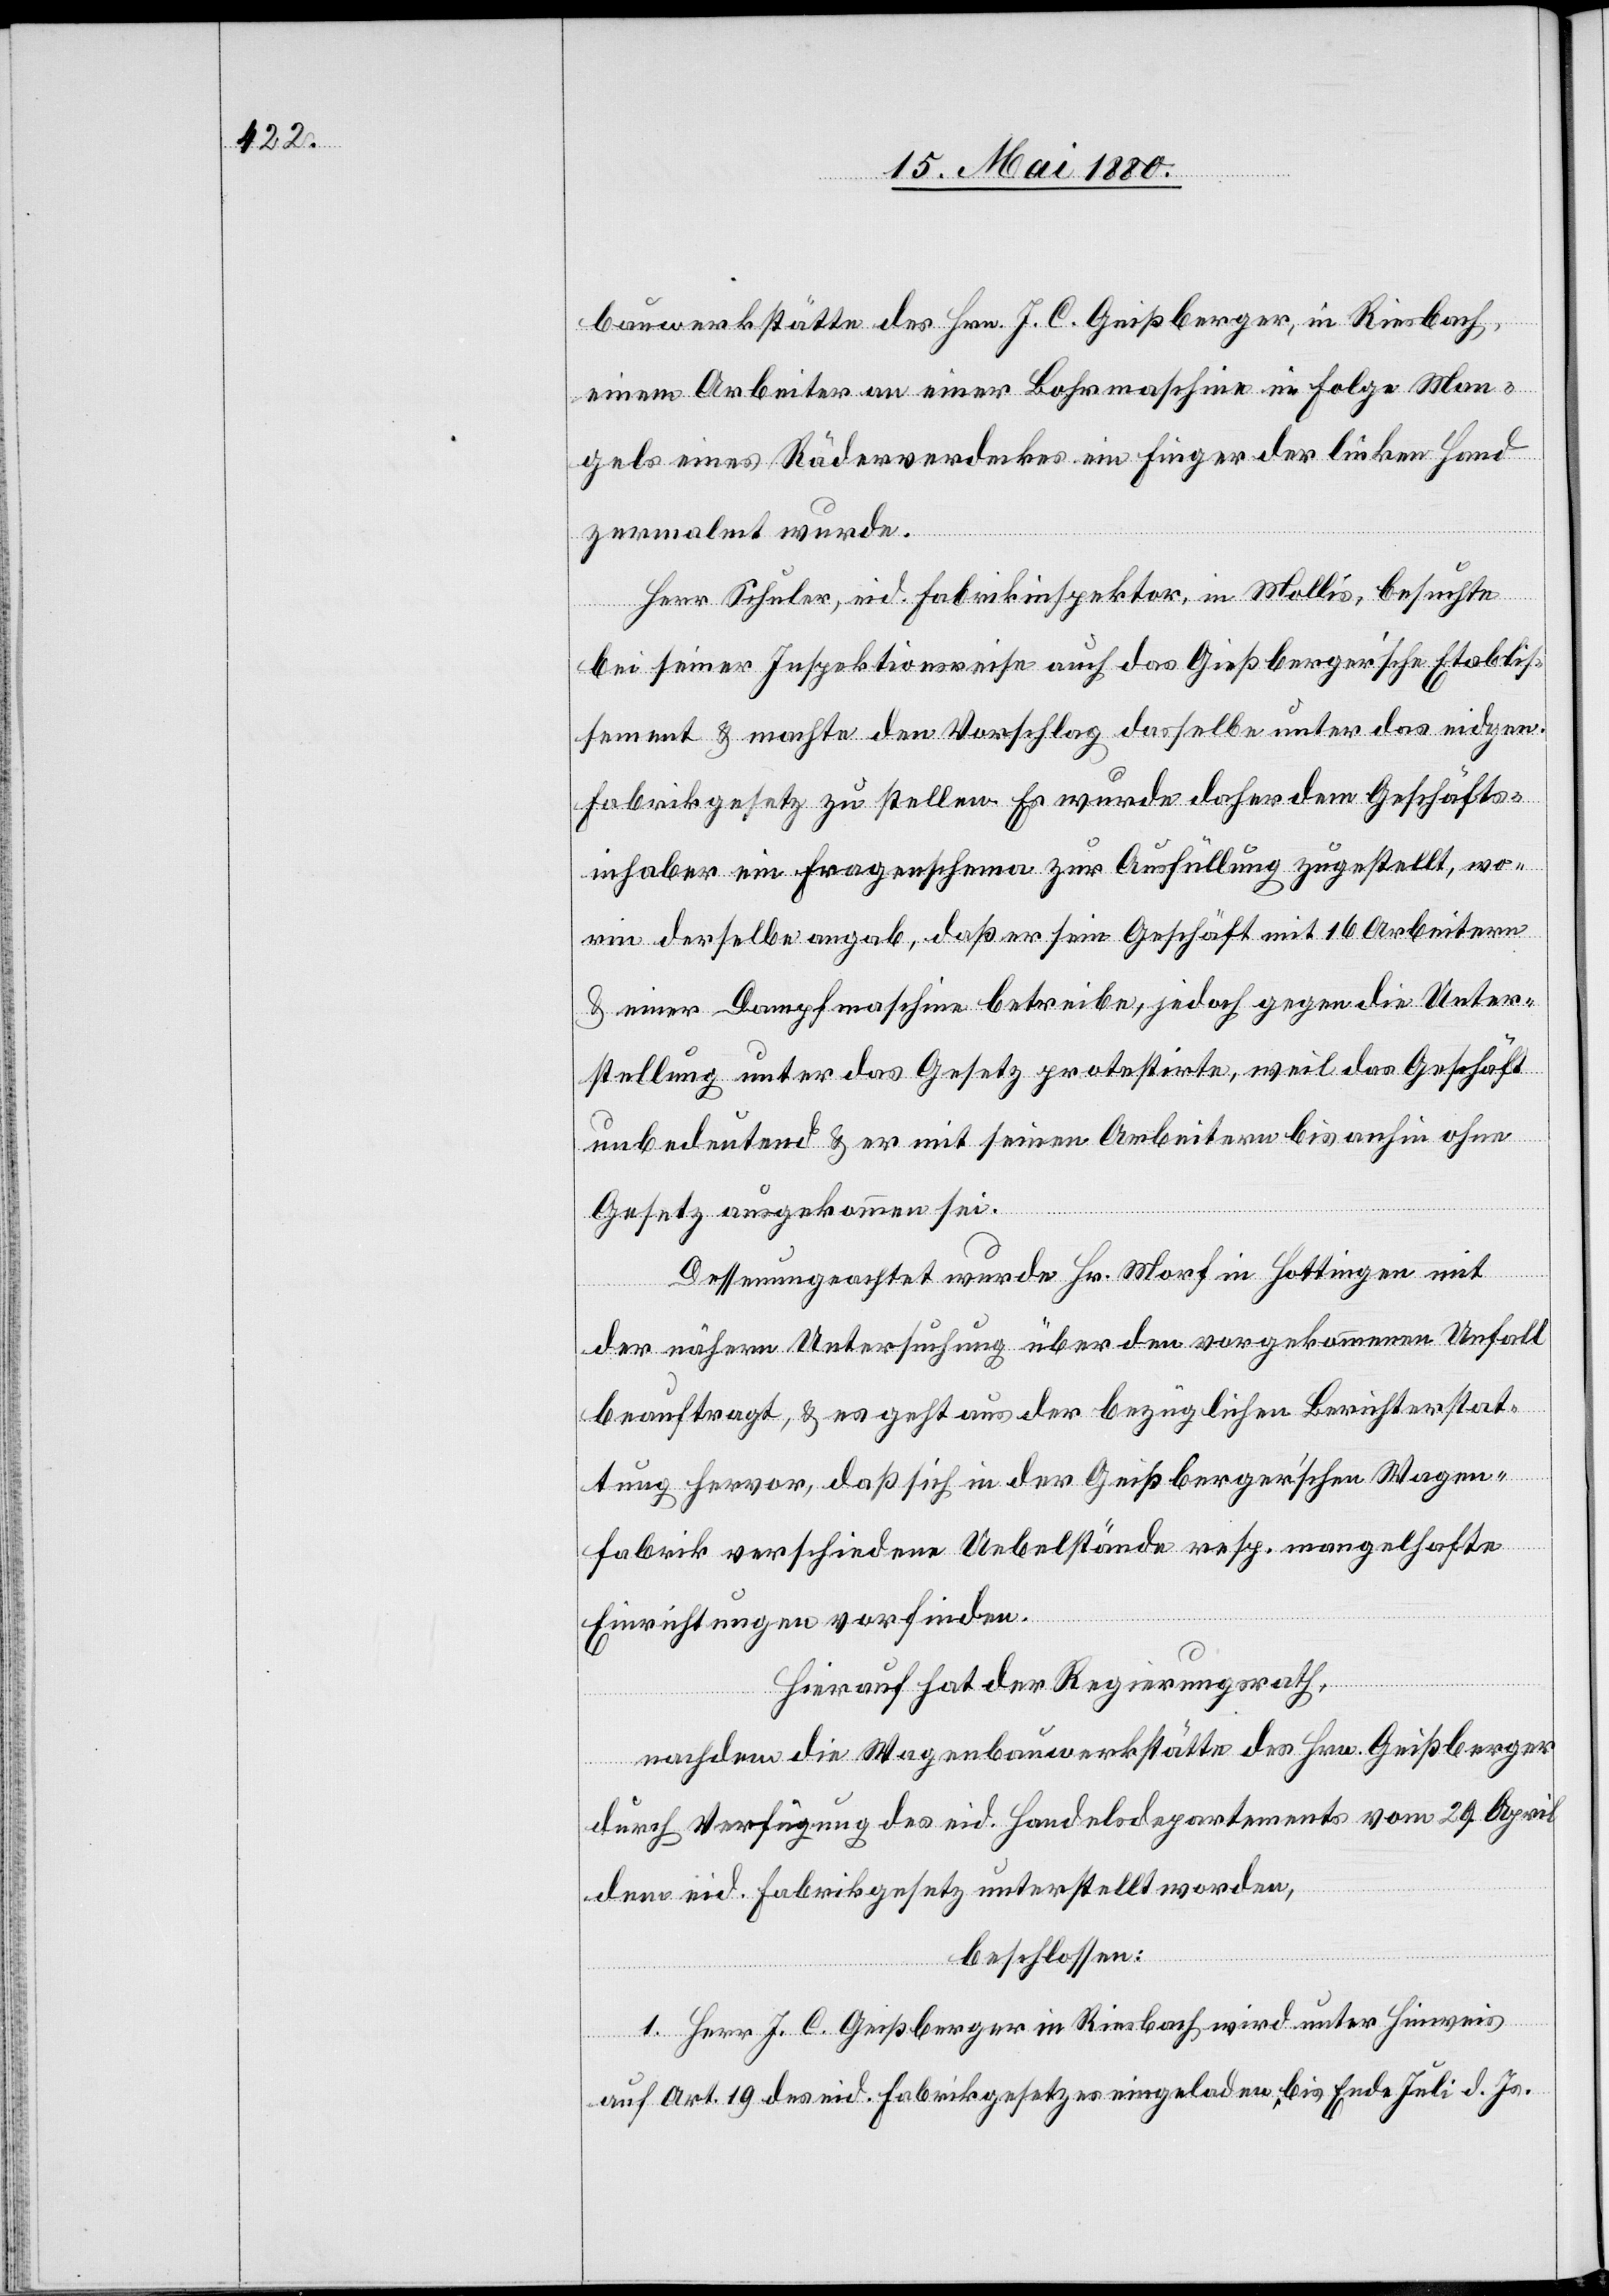
bauwerkstätte des Hrn. J. C. Geißberger, in Riesbach,
einem Arbeiter an einer Bohrmaschine in Folge Man¬
gels eines Räderverdeckes ein Finger der linken Hand
zermalmt wurde.
Herr Schuler, eid. Fabrikinspektor, in Mollis, besuchte
bei seiner Inspektionsreise auch das Gießberger’sche [sic!]
sement & machte den Vorschlag dasselbe unter das eidgen.
Fabrikgesetz zu stellen. Es wurde daher dem Geschäfts¬
inhaber ein Fragebogen zur Ausfüllung zugestellt, wo¬
rin derselbe angab, daß er sein Geschäft mit 16 Arbeitern
& einer Dampfmaschine betreibe, jedoch gegen die Unter¬
stellung unter das Gesetz protestirte, weil das Geschäft
unbedeutend & er mit seinen Arbeitern bis anhin ohne
Etablis¬
Gesetz ausgekommen sei.
Dessenungeachtet wurde Hr. Morf in Hottingen mit
der nähern Untersuchung über den vorgekommenen Unfall
beauftragt, & es geht aus der bezüglichen Berichterstat¬
tung hervor, daß sich in der Geißberger’schen Wagen¬
fabrik verschiedene Uebelstände resp. mangelhafte
Einrichtungen vorfinden.
Hierauf hat der Regierungsrath,
nachdem die Wagenbauwerkstätte des Hrn. Geißberger
durch Verfügung des eid. Handelsdepartements vom 29. April
dem eid. Fabrikgesetz unterstellt worden,
beschlossen:
1. Herr J. C. Geißberger in Riesbach wird unter Hinweis
auf Art. 19 des eid. Fabrikgesetzes eingeladen, bis Ende Juli d. Js.